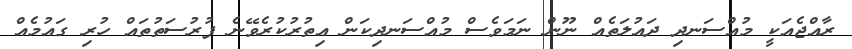
ރާއްޖެއަކީ މުއްސަނދި ދައުލަތެއް ނޫން ނަމަވެސް މުއްސަނދިކަން އިތުރުކުރެވޭނެ ފުރުސަތުތައް ހުރި ގައުމެއް